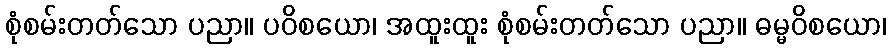
စုံစမ်းတတ်သော ပညာ။ ပဝိစယော၊ အထူးထူး စုံစမ်းတတ်သော ပညာ။ ဓမ္မဝိစယော၊